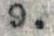
9.